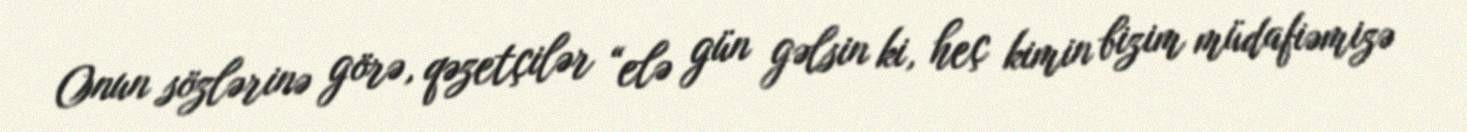
Onun sözlərinə görə, qəzetçilər “elə gün gəlsin ki, heç kimin bizim müdafiəmizə